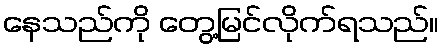
နေသည်ကို တွေ့မြင်လိုက်ရသည်။